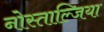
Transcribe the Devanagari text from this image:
नोस्ताल्जिया